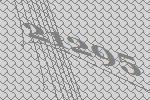
21295